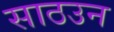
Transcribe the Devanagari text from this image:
साठउन